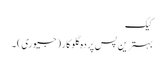
کیک
بہترین پس پردہ گلوکار (جیوری) ۔